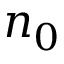
n _ { 0 }